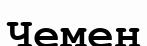
Чемен